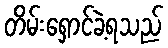
တိမ်းရှောင်ခဲ့ရသည်